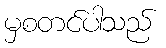
မှစတင်ပါသည်